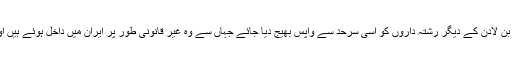
بہرام قاسمی نے کہا کہ سعودی حکام کا کہنا تھا کہ اسامہ بن لادن کے دیگر رشتہ داروں کو اسی سرحد سے واپس بھیج دیا جائے جہاں سے وہ غیر قانونی طور پر ایران میں داخل ہوئے ہیں اور سعودی حکومت کی خواہش کے مطابق ایسا ہی کیا گیا۔